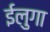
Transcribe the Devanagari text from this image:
ईलुगा